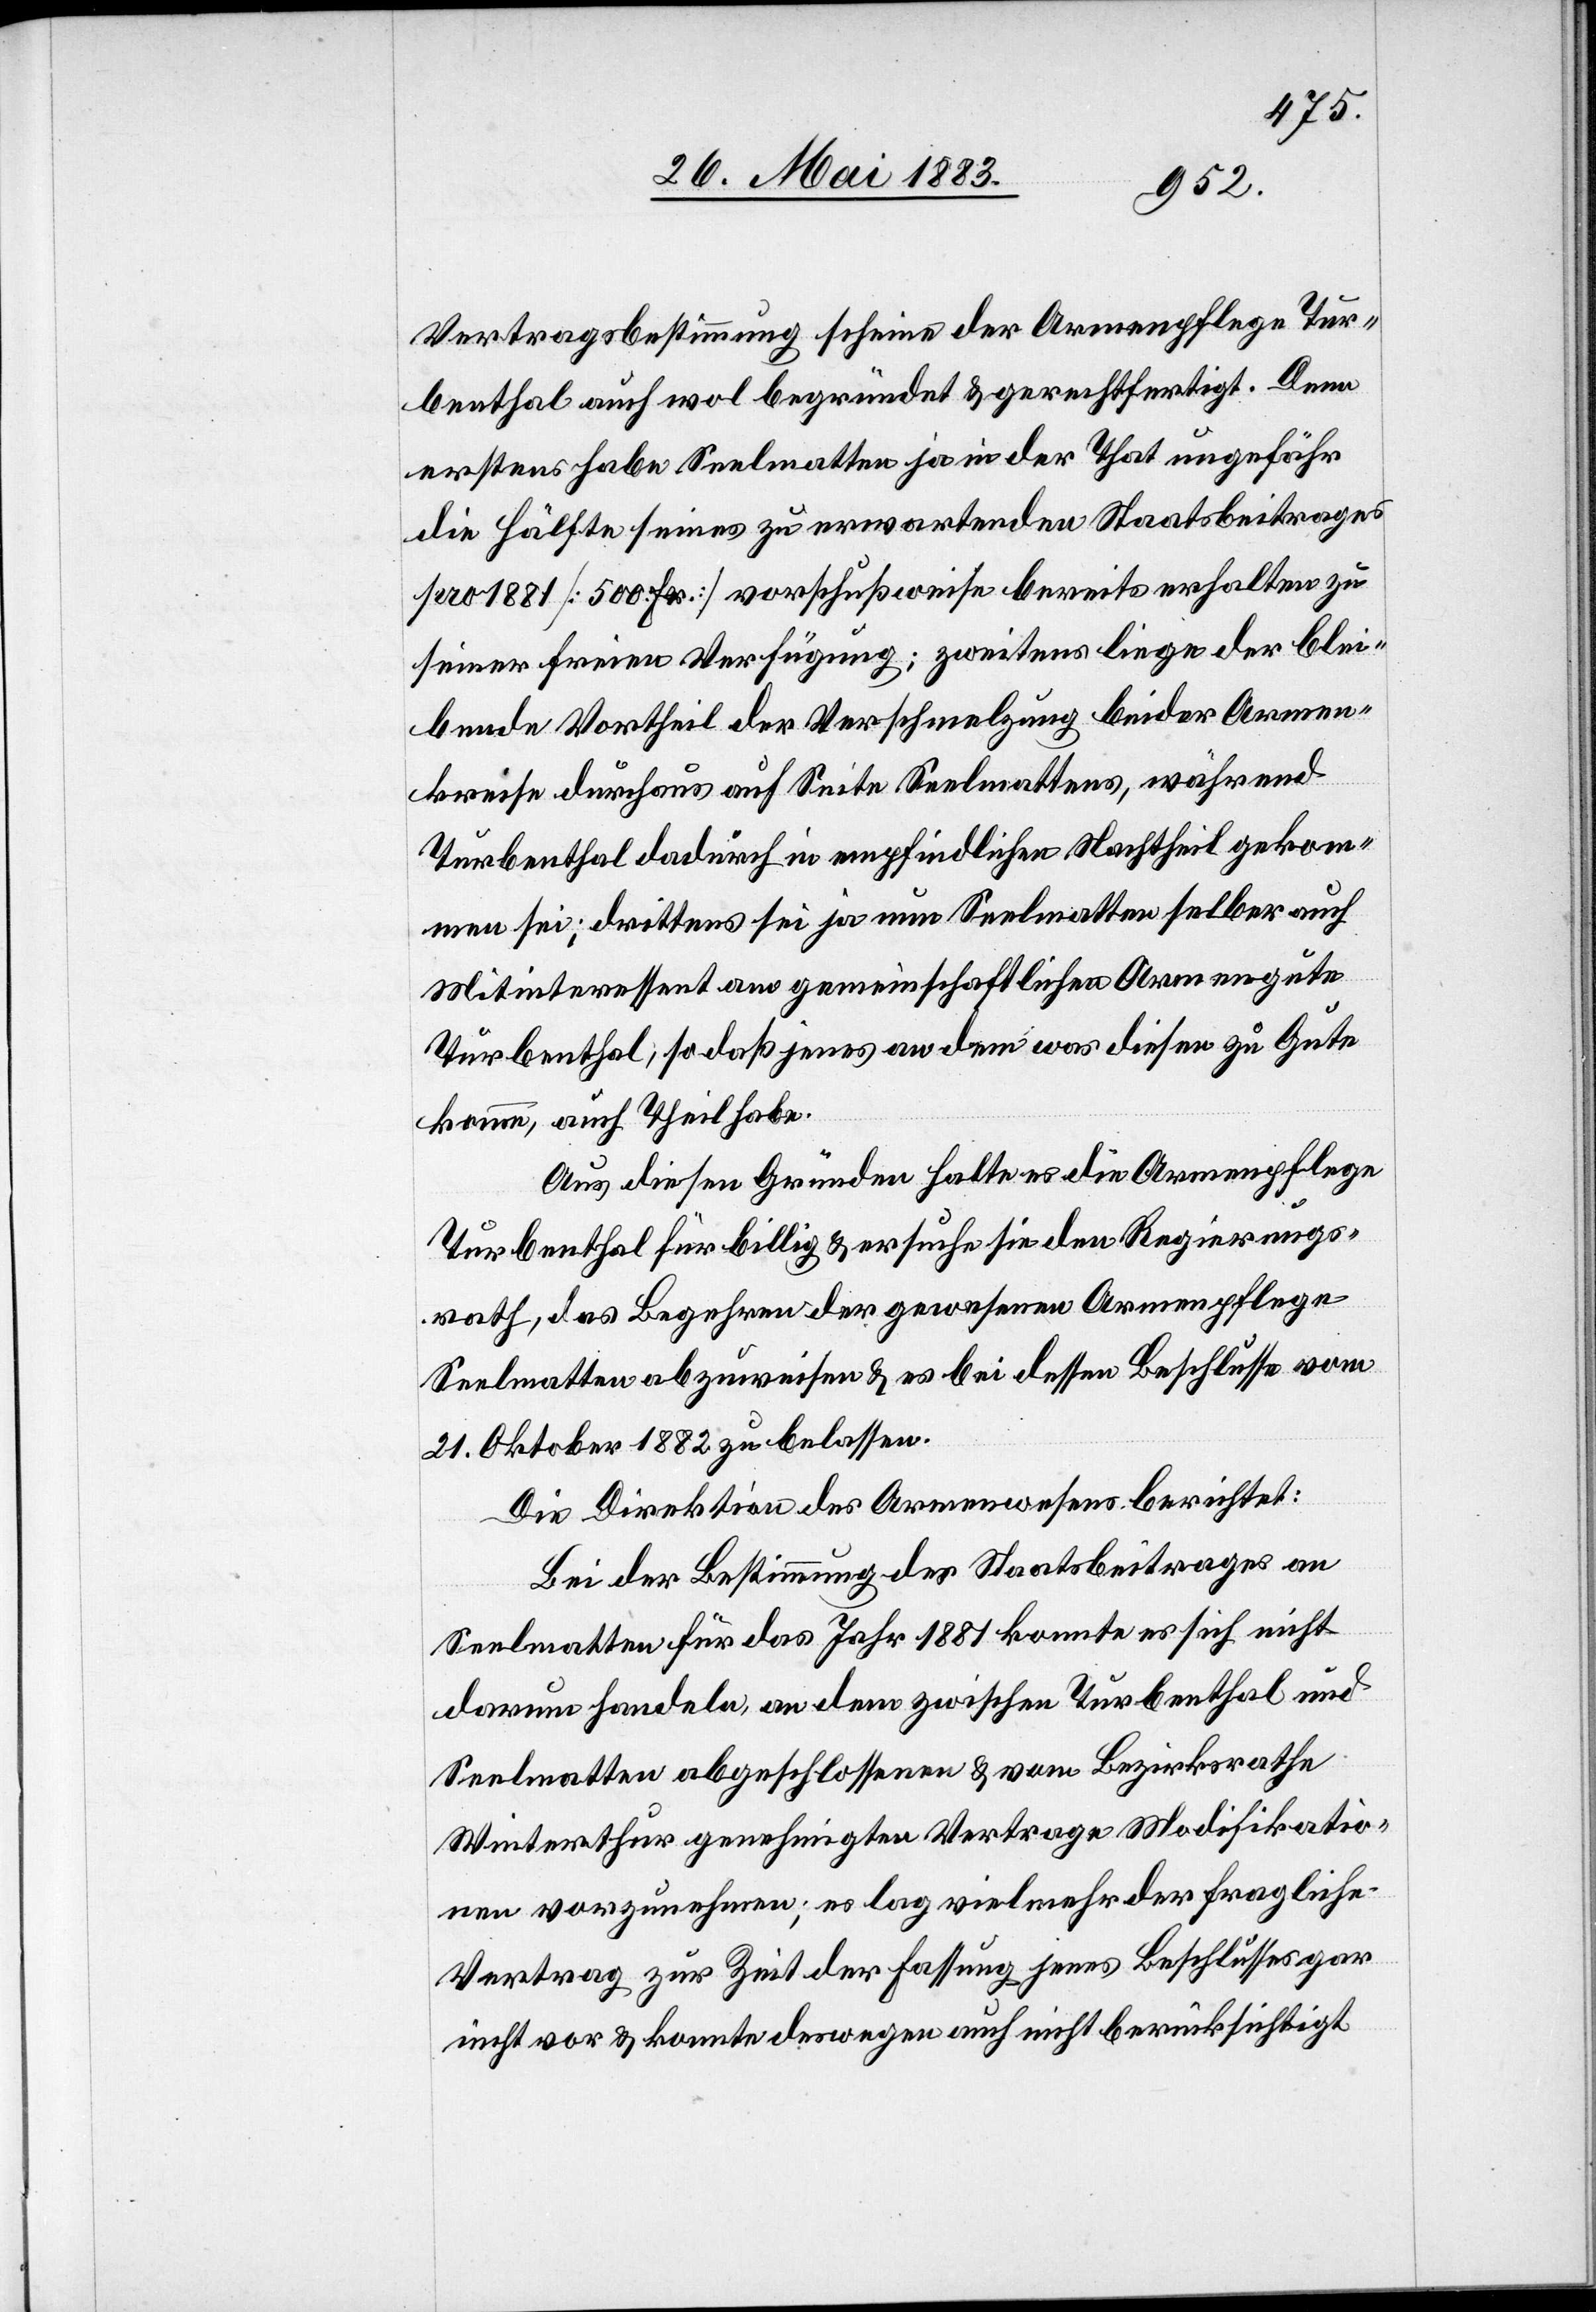
Vertragsbestimmung scheine der Armenpflege Tur¬
benthal auch wol begründet & gerechtfertigt. Denn
erstens habe Seelmatten ja in der That ungefähr
die Hälfte seines zu erwartenden Staatsbeitrages
pro 1881 [500 Fr.] vorschußweise bereits erhalten zu
seiner freien Verfügung; zweitens liege der blei¬
bende Vortheil der Verschmelzung beider Armen¬
kreise durchaus auf Seite Seelmattens, während
Turbenthal dadurch in empfindlichen Nachtheil gekom¬
men sei; drittens sei ja nun Seelmatten selber auch
Mitinteressent ans gemeinschaftlichen Armengute
Turbenthal, so daß jenes an dem was diesen zu Gute
komme, auch Theil habe.
Aus diesen Gründen halte es die Armenpflege
Turbenthal für billig & ersuche sie den Regierungs¬
rath, das Begehren der gewesenen Armenpflege
Seelmatten abzuweisen & es bei dessen Beschlusse vom
21. Oktober 1882 zu belassen.
Die Direktion des Armenwesens berichtet:
Bei der Bestimmung des Staatsbeitrages an
Seelmatten für das Jahr 1881 konnte es sich nicht
darum handeln, an dem zwischen Turbenthal und
Seelmatten abgeschlossenen & vom Bezirksrathe
Winterthur genehmigten Vertrage Modifikatio¬
nen vorzunehmen; es lag vielmehr der fragliche
Vertrag zur Zeit der Fassung jenes Beschlusses gar
nicht vor & konnte deswegen auch nicht berücksichtigt